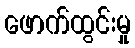
ဖောက်ထွင်းမှု